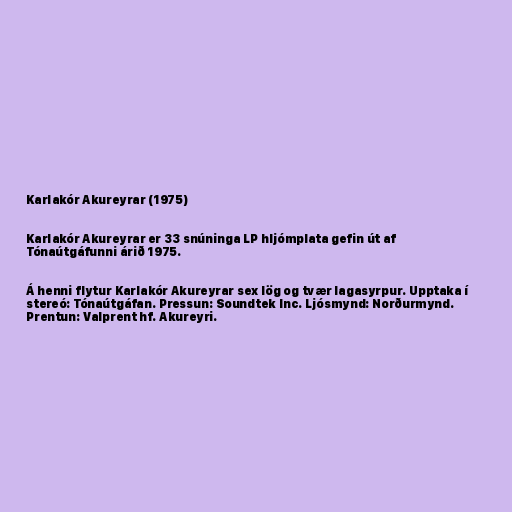
Karlakór Akureyrar (1975)

Karlakór Akureyrar er 33 snúninga LP hljómplata gefin út af
Tónaútgáfunni árið 1975.

Á henni flytur Karlakór Akureyrar sex lög og tvær lagasyrpur. Upptaka í
stereó: Tónaútgáfan. Pressun: Soundtek Inc. Ljósmynd: Norðurmynd.
Prentun: Valprent hf. Akureyri.